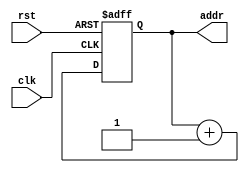
module addrgen(
    input clk,
    input rst,
    output reg [7:0] addr
);

always @(posedge clk or posedge rst) begin
    if(rst) begin
        addr <= 8'b00000000;
    end
    else begin
        addr <= addr + 1;
    end
end
endmodule